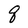
Character: q